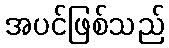
အပင်ဖြစ်သည်